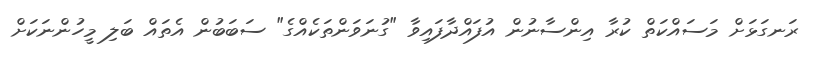
ރަނގަޅަށް މަސައްކަތް ކުރާ އިންސާނުން އުފައްދާފައިވާ "ގުނަވަންތަކެއްގެ" ސަބަބުން އެތައް ބަލި މީހުންނަކަށް